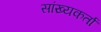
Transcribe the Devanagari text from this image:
सांख्यकर्ता